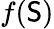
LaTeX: f(\mathsf{S})